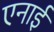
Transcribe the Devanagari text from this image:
एनाई